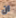
ان